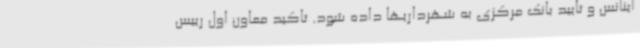
اینانس و تایید بانک مرکزی به شهرداریها داده شود. تاکید معاون اول رییس